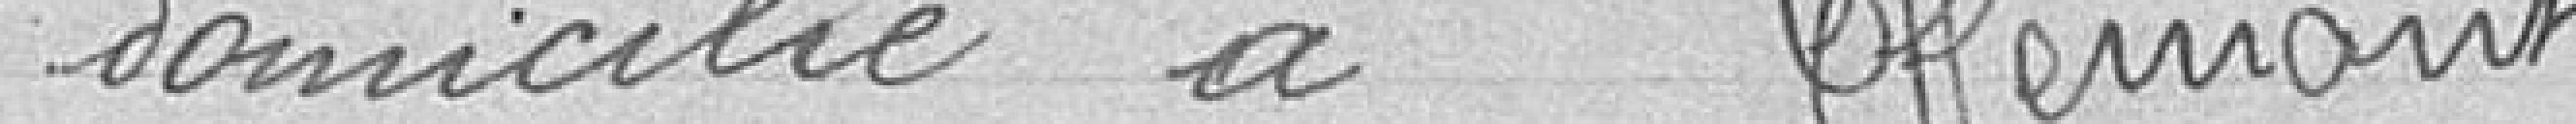
domicilié à Offemont